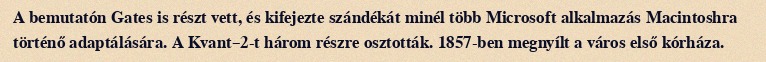
A bemutatón Gates is részt vett, és kifejezte szándékát minél több Microsoft alkalmazás Macintoshra történő adaptálására. A Kvant–2-t három részre osztották. 1857-ben megnyílt a város első kórháza.